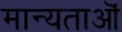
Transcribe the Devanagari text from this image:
मान्यताऒं